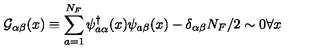
{ \cal G } _ { \alpha \beta } ( x ) \equiv \sum _ { a = 1 } ^ { N _ { F } } \psi _ { a \alpha } ^ { \dagger } ( x ) \psi _ { a \beta } ( x ) - \delta _ { \alpha \beta } N _ { F } / 2 \sim 0 \forall x